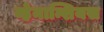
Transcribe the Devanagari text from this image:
व्हेनान्शियस